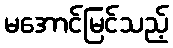
မအောင်မြင်သည့်